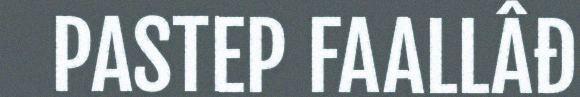
PASTEP FAALLÂĐ